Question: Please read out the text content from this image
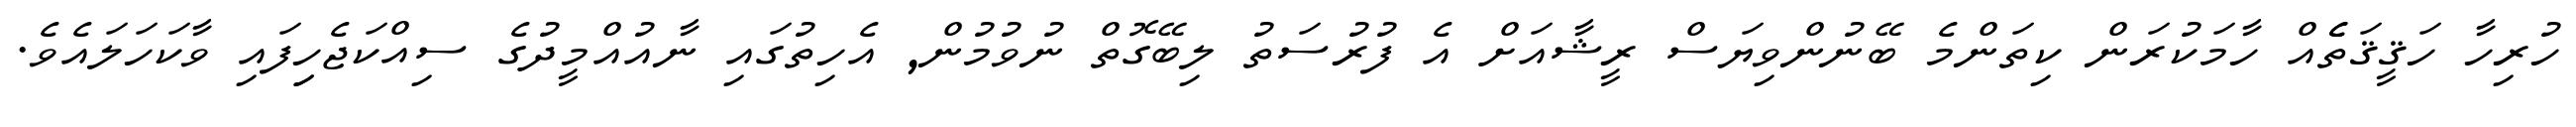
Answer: ހުރިހާ ހަޤީޤަތެެއް ހާމަކުރަން ކިތަންމެ ބޭނުންވިޔަސް ރީޝާއަށް އެ ފުރުސަތު ލިބޭގޮތް ނުވުމުން, އެހިތުގައި ނާއުއްމީދުގެ ސިއްކަޖެހިިފައި ވާކަހަލައެވެ.